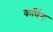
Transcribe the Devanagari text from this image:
कर्विग